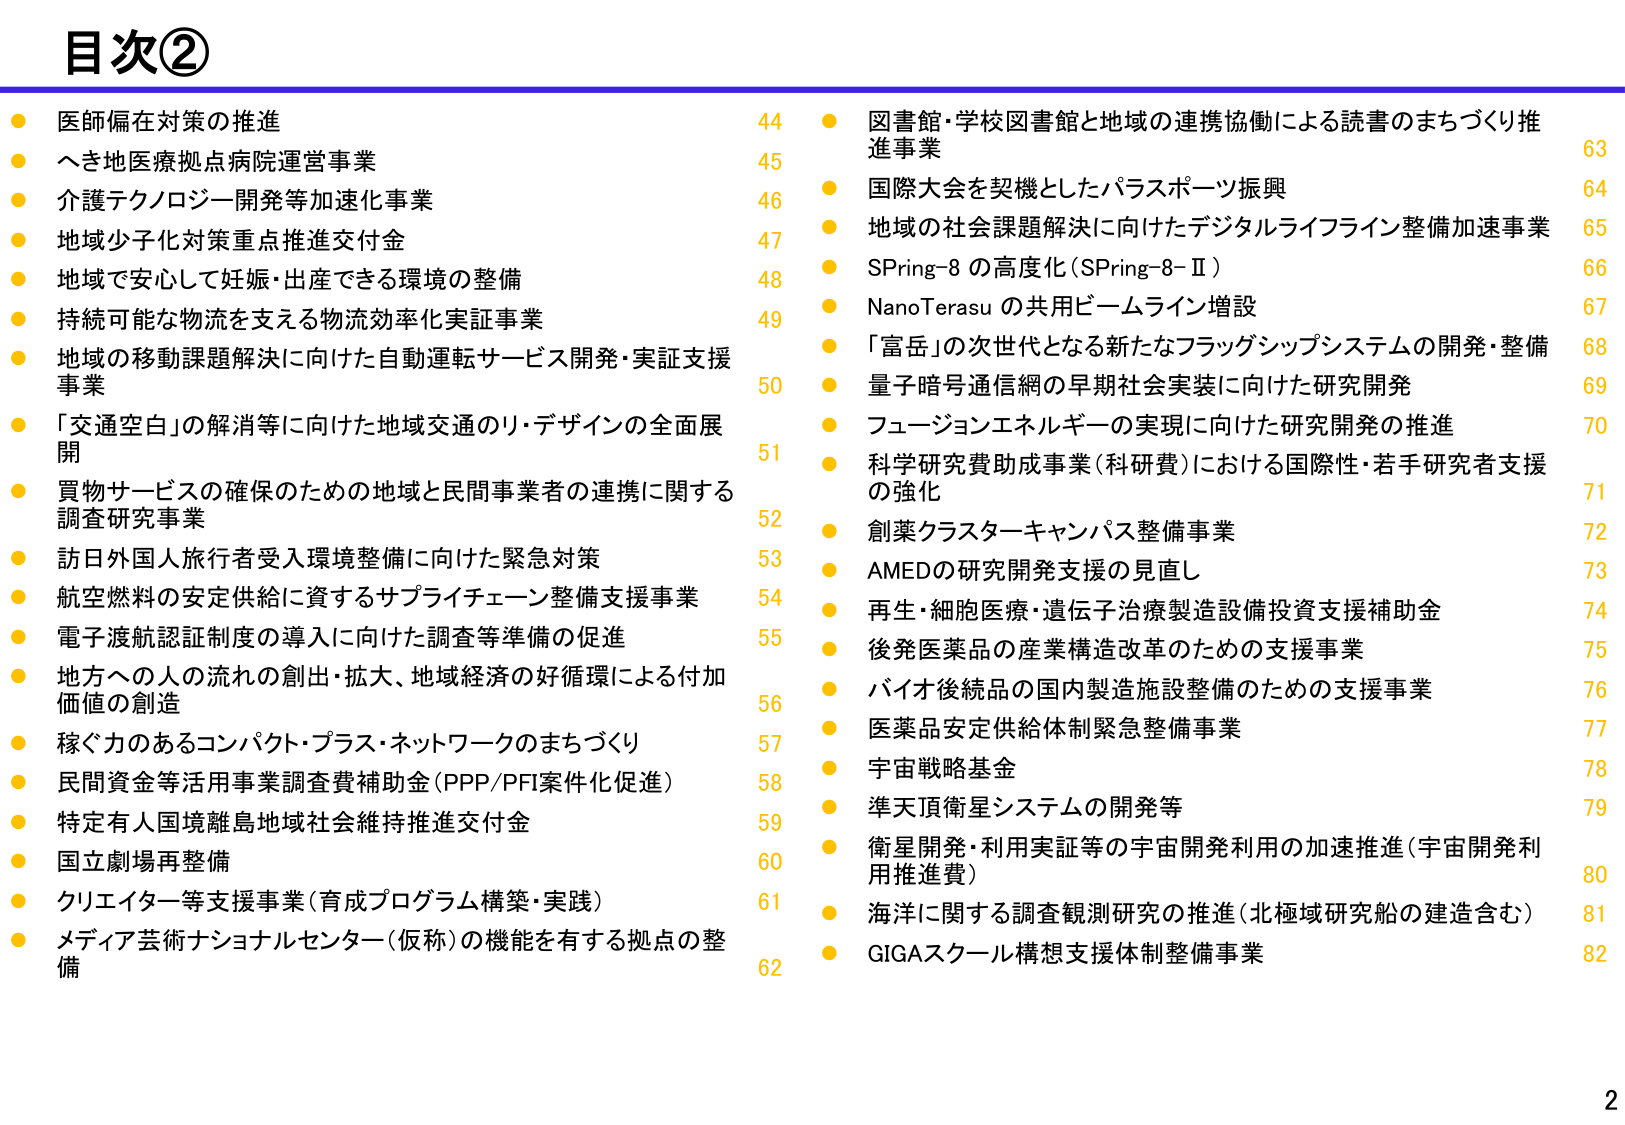
目次②

● 医師偏在対策の推進 44
● へき地医療拠点病院運営事業 45
● 介護テクノロジー開発等加速化事業 46
● 地域少子化対策重点推進交付金 47
● 地域で安心して妊娠・出産できる環境の整備 48
● 持続可能な物流を支える物流効率化実証事業 49
● 地域の移動課題解決に向けた自動運転サービス開発・実証支援事業 50
● 「交通空白」の解消等に向けた地域交通のリ・デザインの全面展開 51
● 買物サービスの確保のための地域と民間事業者の連携に関する調査研究事業 52
● 訪日外国人旅行者受入環境整備に向けた緊急対策 53
● 航空燃料の安定供給に資するサプライチェーン整備支援事業 54
● 電子渡航認証制度の導入に向けた調査等準備の促進 55
● 地方への人の流れの創出・拡大、地域経済の好循環による付加価値の創造 56
● 稼ぐ力のあるコンパクト・プラス・ネットワークのまちづくり 57
● 民間資金等活用事業調査費補助金（PPP/PFI案件化促進） 58
● 特定有人国境離島地域社会維持推進交付金 59
● 国立劇場再整備 60
● クリエイター等支援事業（育成プログラム構築・実践） 61
● メディア芸術ナショナルセンター（仮称）の機能を有する拠点の整備 62

● 図書館・学校図書館と地域の連携協働による読書のまちづくり推進事業 63
● 国際大会を契機としたパラスポーツ振興 64
● 地域の社会課題解決に向けたデジタルライフライン整備加速事業 65
● SPring-8 の高度化（SPring-8-Ⅱ） 66
● NanoTerasu の共用ビームライン増設 67
● 「富岳」の次世代となる新たなフラッグシップシステムの開発・整備 68
● 量子暗号通信網の早期社会実装に向けた研究開発 69
● フュージョンエネルギーの実現に向けた研究開発の推進 70
● 科学研究費助成事業（科研費）における国際性・若手研究者支援の強化 71
● 創薬クラスターキャンパス整備事業 72
● AMEDの研究開発支援の見直し 73
● 再生・細胞医療・遺伝子治療製造設備投資支援補助金 74
● 後発医薬品の産業構造改革のための支援事業 75
● バイオ後続品の国内製造施設整備のための支援事業 76
● 医薬品安定供給体制緊急整備事業 77
● 宇宙戦略基金 78
● 準天頂衛星システムの開発等 79
● 衛星開発・利用実証等の宇宙開発利用の加速推進（宇宙開発利用推進費） 80
● 海洋に関する調査観測研究の推進（北極域研究船の建造含む） 81
● GIGAスクール構想支援体制整備事業 82

2